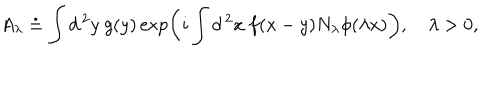
A _ { \lambda } \doteq \int d ^ { \, 2 } y \ g ( y ) \exp \left( i \int d ^ { \, 2 } x \ f ( x - y ) N _ { \lambda } \phi ( \lambda x ) \right) , \quad \lambda > 0 ,